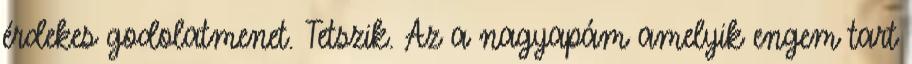
érdekes godolatmenet. Tetszik. Az a nagyapám amelyik engem tart